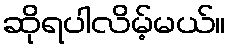
ဆိုရပါလိမ့်မယ်။